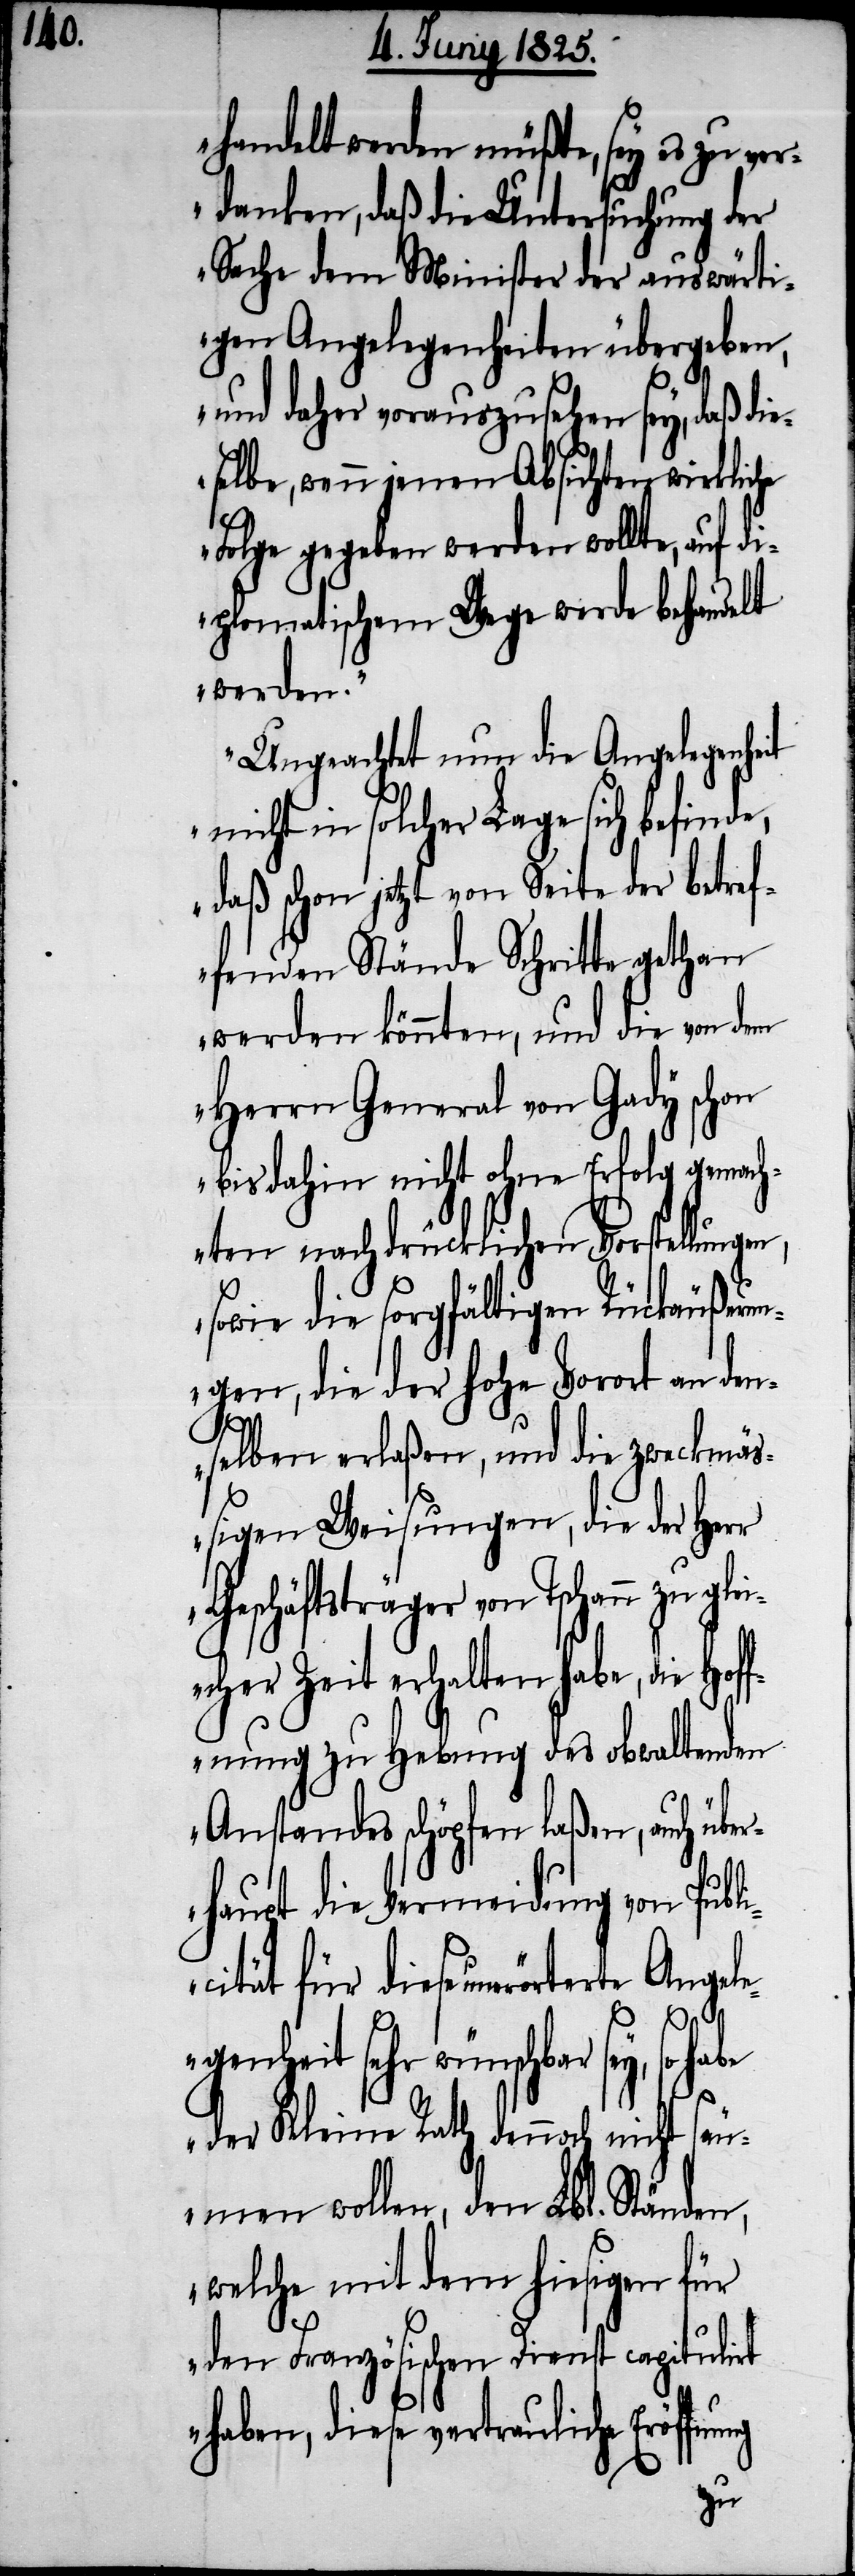
handelt werden müßte, sey es zu ver¬
danken, daß die Untersuchung der
Sache dem Minister der auswärti¬
gen Angelegenheiten übergeben,
und daher vorauszusehen sey, daß di¬
eselbe, wenn jenen Absichten wirkliche
Folge gegeben werden wollte, auf di¬
plomatischem Wege werde behandelt
werden.
Ungeachtet nun die Angelegenheit
nicht in solcher Lage sich befinde,
daß schon jetzt von Seite der betref¬
fenden Stände Schritte gethan
werden könnten, und die von dem
Herrn General von Gady schon
bis dahin nicht ohne Erfolg gemach¬
ten nachdrücklichen Vorstellun¬
sowie die sorgfältigen Rückäußerun¬
gen, die der hohe Vorort an den¬
selben erlaßen, und die zweckmäß¬
igen Weisungen, die der Herr
Geschäftsträger von Tschann zu gle¬
icher Zeit erhalten habe, die Hof¬
fnung zu Hebung des obwaltenden
Anstandes schöpfen laßen, auch übe¬
rhaupt die Vermeidung von Publ¬
icität für diese unerörter¬
genheit sehr wünschbar
so habe
der Kleine Rath dennoch nicht
säumen wollen, den Lbl. Ständen,
welche mit dem hiesigen für
den Französischen Dienst capitulirt
haben, diese vertrauliche Eröffn¬
ung